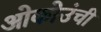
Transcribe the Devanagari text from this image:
ओकोउंची